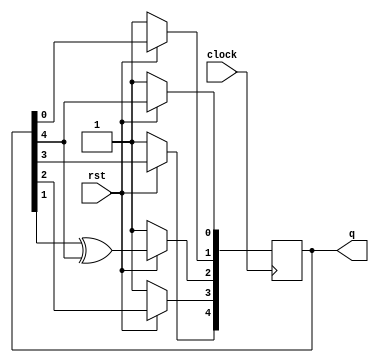
module LFSR_5(clock, q, rst);
  input clock, rst;
  output [4:0] q;

  reg [4:0] LFSR = 5'b11111;
  wire feedback = LFSR[4];

  always @(posedge clock)
  begin
	if (rst == 0)
		begin
			LFSR <= 5'b11111;
    		end
		else begin
	 LFSR[0] <= feedback;
    LFSR[1] <= LFSR[0];
    LFSR[2] <= LFSR[1] ^ feedback;
    LFSR[3] <= LFSR[2];
    LFSR[4] <= LFSR[3];
	end

  end

  assign q = LFSR;
endmodule